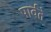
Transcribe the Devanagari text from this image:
पार्वते